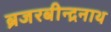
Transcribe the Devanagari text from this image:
ब्रजरबीन्द्रनाथ